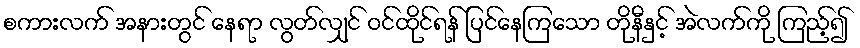
စကားလက် အနားတွင် နေရာ လွတ်လျှင် ဝင်ထိုင်ရန် ပြင်နေကြသော တိုနီနှင့် အဲလက်ကို ကြည့်၍